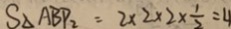
S _ { \Delta } A B P _ { 2 } = 2 \times 2 \times 2 \times \frac { 1 } { 2 } = 4